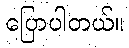
ပြောပါတယ်။